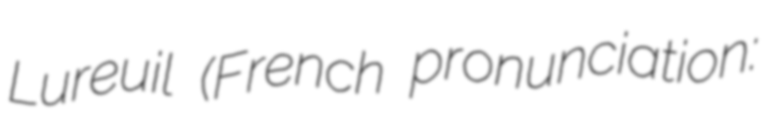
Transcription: Lureuil (French pronunciation: